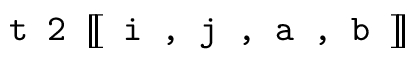
\texttt { t 2 } [ \! [ \texttt { i , j , a , b } ] \! ]